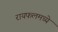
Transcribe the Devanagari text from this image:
रायफलमध्ये